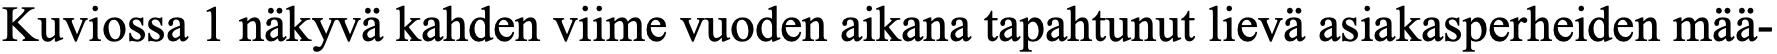
Kuviossa 1 näkyvä kahden viime vuoden aikana tapahtunut lievä asiakasperheiden mää-